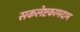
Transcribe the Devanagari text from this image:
सकलेष्टकामदाम